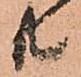
共